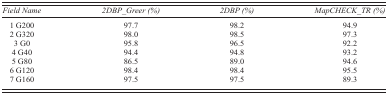
<table><thead><tr><td><b><i>Field Name</i></b></td><td><b><i>2DBPGreer (%)</i></b></td><td><b><i>2DBP (%)</i></b></td><td><b><i>MapCHECKTR (%)</i></b></td></tr></thead><tbody><tr><td>1 G200</td><td>97.7</td><td>98.2</td><td>94.9</td></tr><tr><td>2 G320</td><td>98.0</td><td>98.5</td><td>97.3</td></tr><tr><td>3 G0</td><td>95.8</td><td>96.5</td><td>92.2</td></tr><tr><td>4 G40</td><td>94.4</td><td>94.8</td><td>93.2</td></tr><tr><td>5 G80</td><td>86.5</td><td>89.0</td><td>94.6</td></tr><tr><td>6 G120</td><td>98.4</td><td>98.4</td><td>95.5</td></tr><tr><td>7 G160</td><td>97.5</td><td>97.5</td><td>89.3</td></tr></tbody></table>